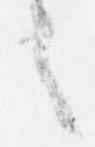
之